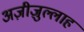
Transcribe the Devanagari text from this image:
अज़ीज़ुल्लाह